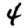
Digit: 4